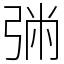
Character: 㢼